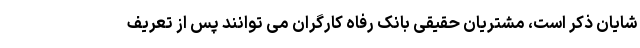
شایان ذکر است، مشتریان حقیقی بانک رفاه کارگران می توانند پس از تعریف